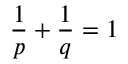
\frac { 1 } { p } + \frac { 1 } { q } = 1